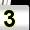
Digit: 3